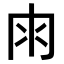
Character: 𠕒